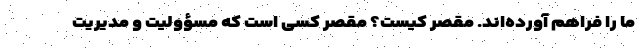
ما را فراهم آورده‌اند. مقصر کیست؟ مقصر کسی است که مسؤولیت و مدیریت